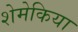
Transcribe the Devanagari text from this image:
शेमेकिया